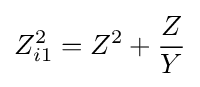
Z_{i1}^{2}=Z^{2}+{\frac {Z}{Y}}